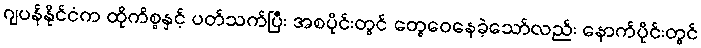
ဂျပန်နိုင်ငံက ထိုကိစ္စနှင့် ပတ်သက်ပြီး အစပိုင်းတွင် တွေဝေနေခဲ့သော်လည်း နောက်ပိုင်းတွင်